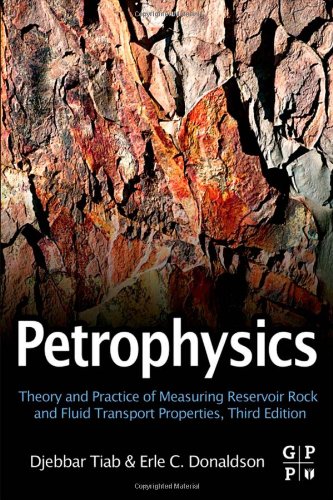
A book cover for Petrophysics, Third Edition: Theory and Practice of Measuring Reservoir Rock and Fluid Transport Properties; Djebbar Tiab Professor; Science & Math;